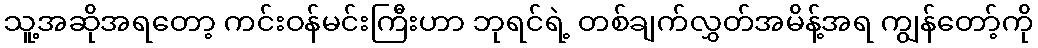
သူ့အဆိုအရတော့ ကင်းဝန်မင်းကြီးဟာ ဘုရင်ရဲ့ တစ်ချက်လွှတ်အမိန့်အရ ကျွန်တော့်ကို